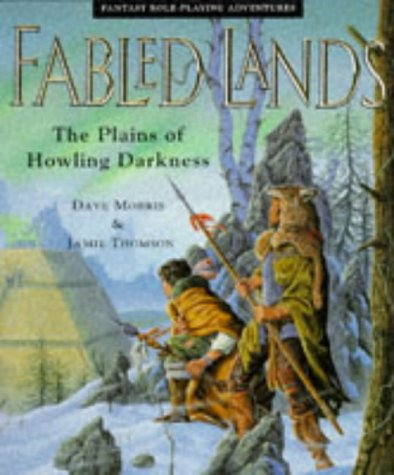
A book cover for The Plains of Howling Darkness (Fabled Lands); Dave Morris; Teen & Young Adult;